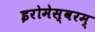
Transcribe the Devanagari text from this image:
इरोमेस्वरम्